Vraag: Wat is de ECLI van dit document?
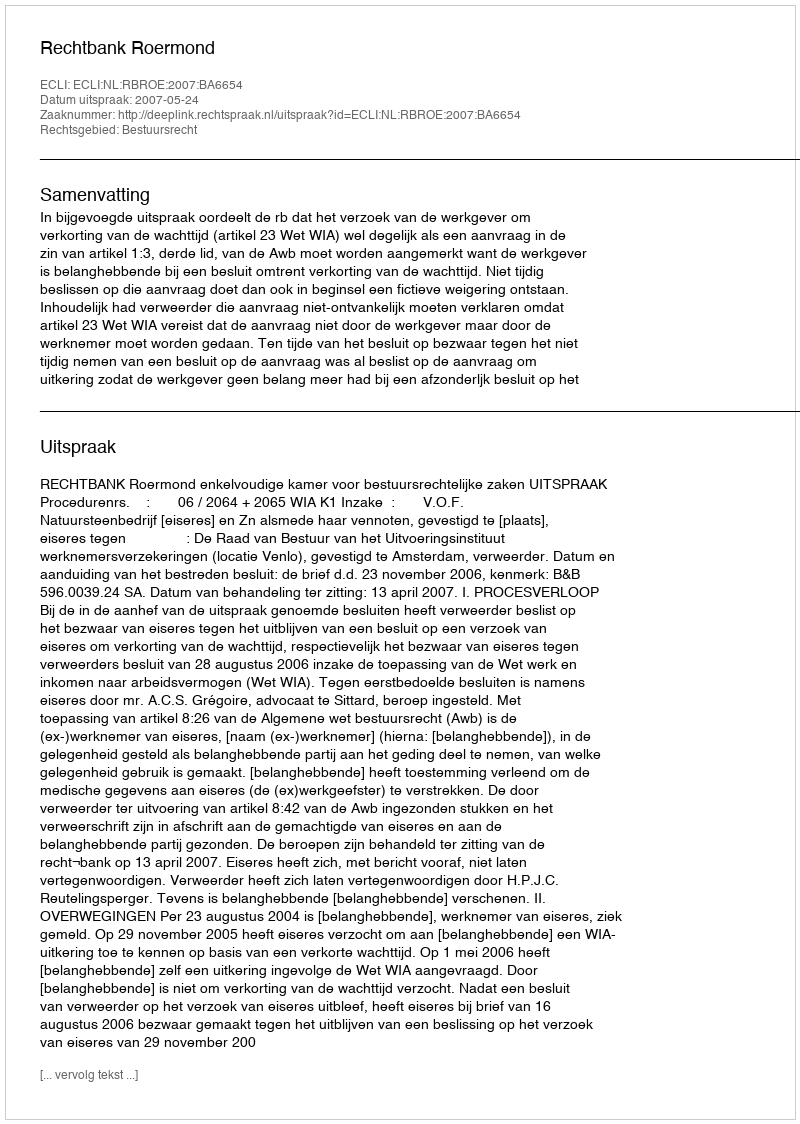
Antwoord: ECLI:NL:RBROE:2007:BA6654